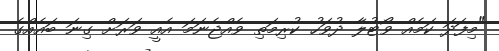
"މިފަދަ ކަމެއް ވޯޓުލާ ދުވަހު ކުރިމަތި ވެއްޖެނަމަ އެއީ ވަރަށް ގިނަ ބައެއްގެ